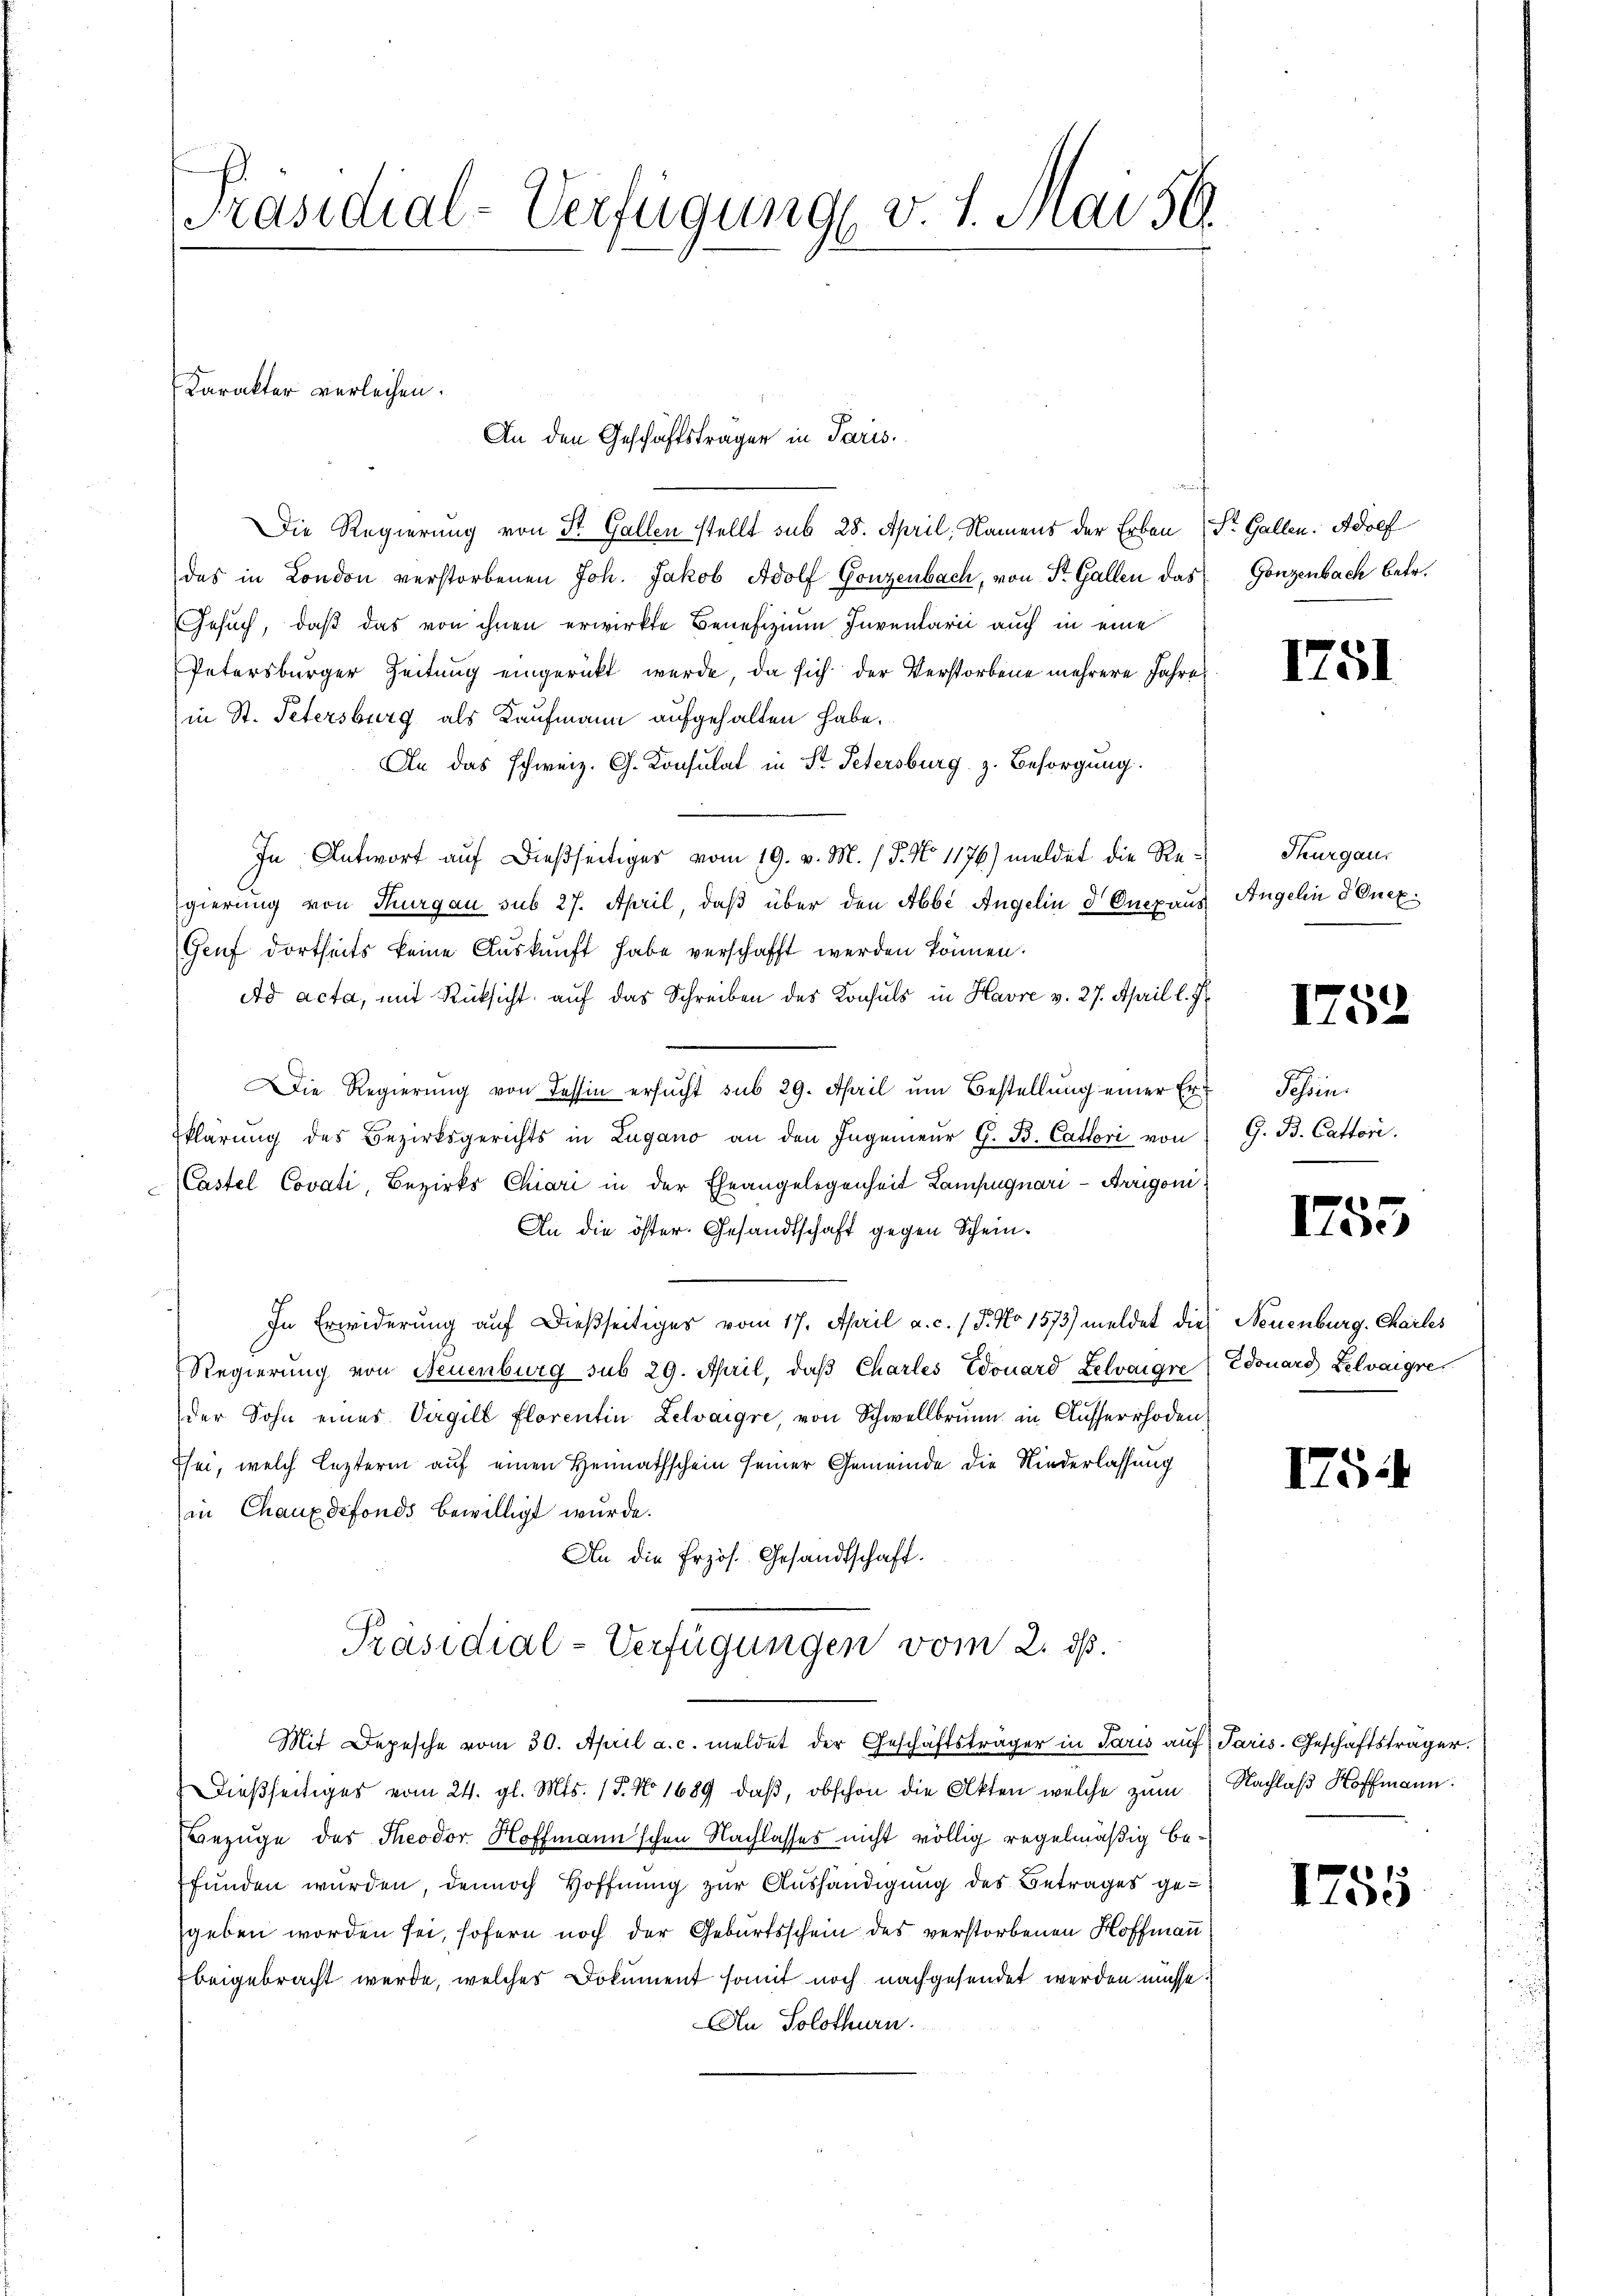
Präsidial-Verfügung v. 1. Mai 56.

Die Regierung von St. Gallen stellt sub 28. April, Namens der Erben St. Gallen. Adolf
das in London verstorbenen Joh. Jakob Adolf Gonzenbach, von Sr. Gallen das
Gesuch, daß das von ihnen erwirkte Benefizium Inventarii auch in eine
Petersburger Zeitung eingerückt werde, da sich der Verstorbene mehrere Jahre
in St. Petersburg als Kaufmann aufgehalten habe.
An das schweiz. Ch. Konsulat in St. Petersburg z. Besorgung.
In Antwort auf dießseitiges vom 19. v. M. / 5. No 1176) meldet die Regierung von Thurgau sub 27. April, daß über den Abbe Angelin d Onepaus
Genf dortheits keine Auskunft habe verschafft werden können.
Ad acta, mit Rücksicht auf das Schreiben des Konsuls in Havre v. 27. April l. Js.
e
Die Regierung von Tessin ersucht sub 29. April um Bestellung einer Erklärung des Bezirksgerichts in Lugano an den Ingenieŭr G. B. Cattori von
Castel Covati, Bezirks Chiari in der Eheangelegenheit Lampagnari-Arrigoni
An die öster. Gesandtschaft gegen Schein¬
In Erwiderung auf dießseitiges vom 17. April a. c. / 5. No 1573) meldet die Neuenburg. Charles
Regierung von Neuenburg sub 29. April, daβ Charles Edouard Lelvaigre (Edouard Lelvaigre
der Sohn eines Virgill Florentin Lelvaigre, von Schwellbrunn in Ausserrhoden
Tsei, welch lezterm auf einen Heimathschein seiner Gemeinde die Niederlassung
in Chauxdefonds bewilligt wurde.
An die Erzös. Gesandtschaft.
Präsidial-Verfügungen vom 2. ds.
Mit Depesche vom 30. April a. c. meldet der Geschäftsträger in Paris auf Paris. Geschäftsträger.
Dieβseitiges vom 24. gl. Mts. 15. No 1689 daβ, obschon die Akten welche zum Nachlaβ Hoffmann.
Bezüge des Theodor Hoffmann'schen Nachlasses nicht völlig regelmäßig be-
fŭnden wurden, dennoch Hoffnung zur Aushändigung des Betrages ge-
geben worden sei, sofern noch der Geburtsschein des verstorbenen Hoffmann
beigebracht werde, welches Dokument somit noch nachgesendet werden müsse.
An Solothurn.

Karakter verleihen.
An den Geschäftsträger in Paris.

Gonzenbach betr.

1751

Thurgau,
Angelin d Onex.

152

Sohin.
G. B. Catten.

1755

I75

f
105